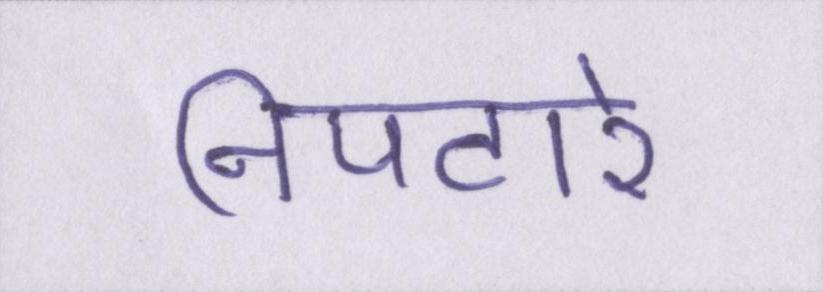
निपटारे